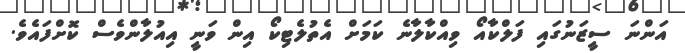
އަންނަ ސީޒަނުގައި ފަލްކާއޯ ވިއްކާލާނެ ކަމަށް އެތުލެޓިކޯ އިން ވަނީ އިއުލާންވެސް ކޮށްފައެވެ.